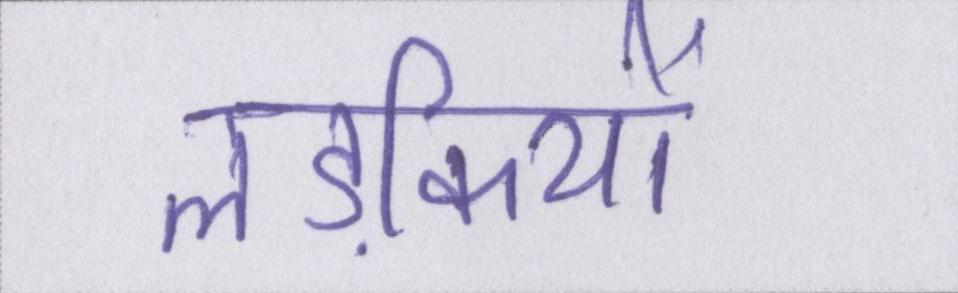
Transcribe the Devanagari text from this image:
लड़कियों